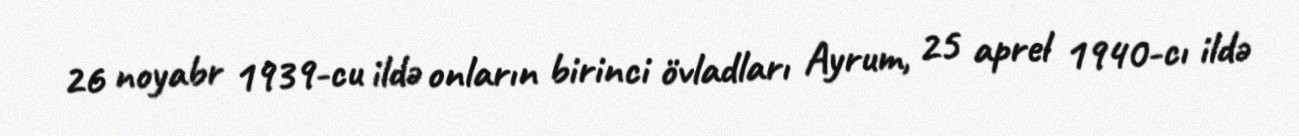
26 noyabr 1939-cu ildə onların birinci övladları Ayrum, 25 aprel 1940-cı ildə